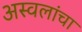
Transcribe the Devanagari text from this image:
अस्वलांचा